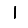
Digit: 1